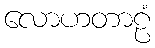
လောဟတာဠံ